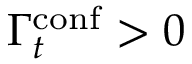
\Gamma _ { t } ^ { \mathrm { c o n f } } > 0